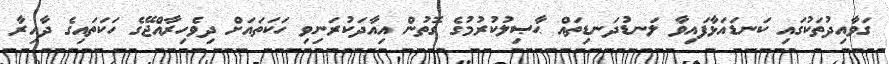
ގަވާއިދުތަކުގައި ކަނޑައަޅާފައިވާ ލަނޑުދަނޑިތައް ޙާޞިލުކުރުމުގެ ގޮތުން އިއާދަކުރަނިވި ހަކަތައަށް ދިވެހިރާއްޖޭގެ ހަކަތައިގެ ދާއިރާ